[Report on the health of British troops in the Madras command]
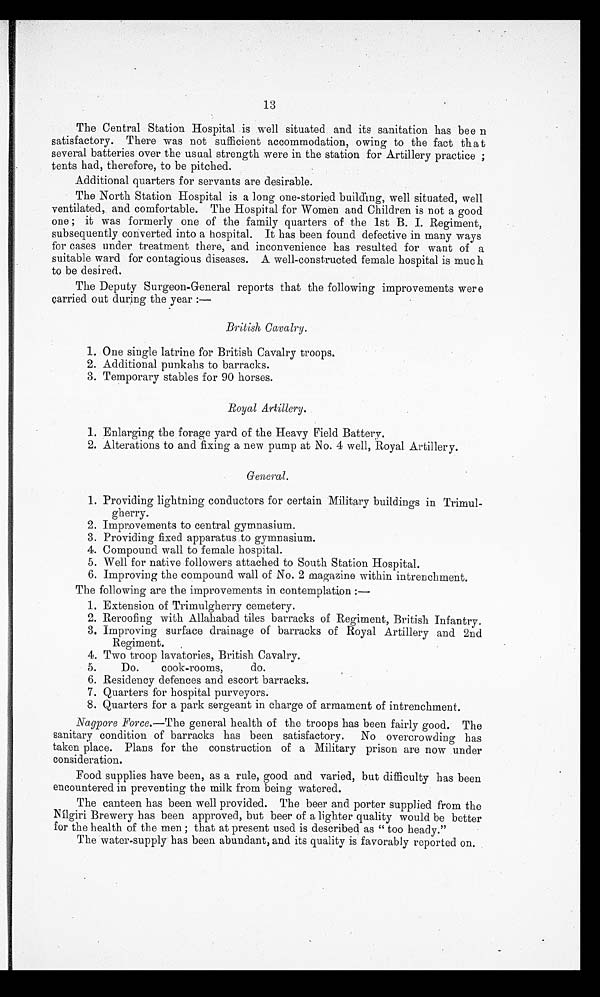
13
The Central Station Hospital is well situated and its sanitation has been
satisfactory. There was not sufficient accommodation, owing to the fact that
several batteries over the usual strength were in the station for Artillery practice;
tents had, therefore, to be pitched.
Additional quarters for servants are desirable.
The North Station Hospital is a long one-storied building, well situated, well
ventilated, and comfortable. The Hospital for Women and Children is not a good
one; it was formerly one of the family quarters of the 1st B. I. Regiment,
subsequently converted into a hospital. It has been found defective in many ways
for cases under treatment there, and inconvenience has resulted for want of a
suitable ward for contagious diseases. A well-constructed female hospital is much
to be desired.
The Deputy Surgeon-General reports that the following improvements were
carried out during the year:—
British Cavalry.
1. One single latrine for British Cavalry troops.
2. Additional punkahs to barracks.
3. Temporary stables for 90 horses.
Royal Artillery.
1. Enlarging the forage yard of the Heavy Field Battery.
2. Alterations to and fixing a new pump at No. 4 well, Royal Artillery.
General.
1. Providing lightning conductors for certain Military buildings in Trimul--
gherry.
2. Improvements to central gymnasium.
3. Providing fixed apparatus to gymnasium.
4. Compound wall to female hospital.
5. Well for native followers attached to South Station Hospital.
6. Improving the compound wall of No. 2 magazine within intrenchment.
The following are the improvements in contemplation:—
1. Extension of Trimulgherry cemetery.
2. Reroofing with Allahabad tiles barracks of Regiment, British Infantry.
3. Improving surface drainage of barracks of Royal Artillery and 2nd
Regiment.
4. Two troop lavatories, British Cavalry.
5. Do.
cook-rooms,
do.
6. Residency defences and escort barracks.
7. Quarters for hospital purveyors.
8. Quarters for a park sergeant in charge of armament of intrenchment.
Nagpore Force.— The general health of the troops has been fairly good. The
sanitary condition of barracks has been satisfactory. No overcrowding has
taken place. Plans for the construction of a Military prison are now under
consideration.
Food supplies have been, as a rule, good and varied, but difficulty has been
encountered in preventing the milk from being watered.
The canteen has been well provided. The beer and porter supplied from the
Nílgiri Brewery has been approved, but beer of a lighter quality would be better
for the health of the men; that at present used is described as "too heady."
The water-supply has been abundant, and its quality is favorably reported on.